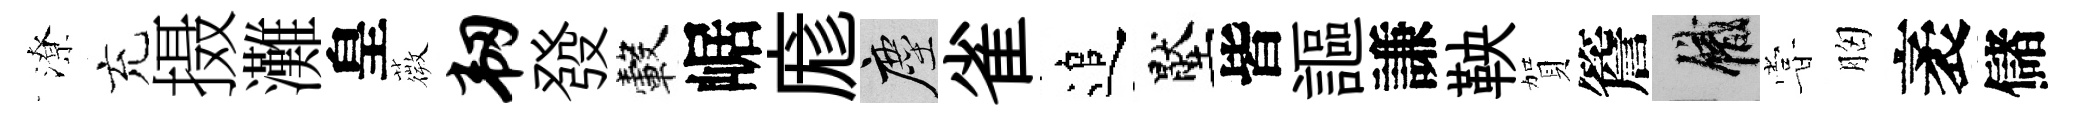
潦充摄灘皇薇韧發轂崌庬塵雀追壓皆謳謙鞅賀簷識甞胸袤儲